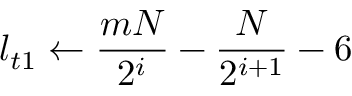
l _ { t 1 } \gets \frac { m N } { 2 ^ { i } } - \frac { N } { 2 ^ { i + 1 } } - 6